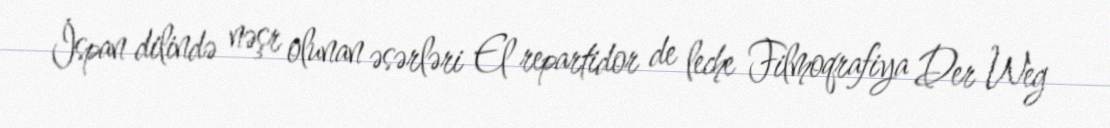
İspan dilində nəşr olunan əsərləri El repartidor de leche Filmoqrafiya Der Weg